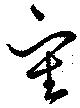
審